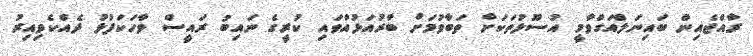
ރާއްޖެއިން ބައިނަލްއަގްވާމީ އުސޫލުތަކަށް ތަބާވުމަށް ބާރުއަޅުއްވައި ކުރީގެ ނައިބު ރައީސް ވާހަކަފުޅު ދެއްކެވިއިރު